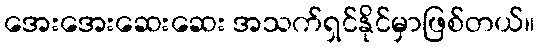
အေးအေးဆေးဆေး အသက်ရှင်နိုင်မှာဖြစ်တယ်။